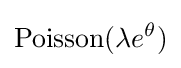
\mathrm {Poisson} (\lambda e^{\theta })